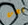
نحن